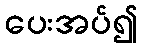
ပေးအပ်၍